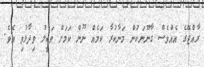
ރާއްޖޭގެ އެއްވެސް ގާނޫނަކުން މަނާކުރާ ކަމެއް ނޫން ކަމަށް ވަކީލު ވިދާޅުވި އެވެ.